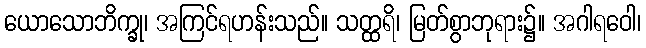
ယောသောဘိက္ခု၊ အကြင်ရဟန်းသည်။ သတ္ထရိ၊ မြတ်စွာဘုရား၌။ အဂါရဝေါ၊